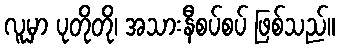
လူမှာ ပုတိုတို၊ အသားနီစပ်စပ် ဖြစ်သည်။